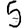
Digit: 5